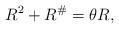
LaTeX: \begin{align*} R^2+R^\#=\theta R,\end{align*}